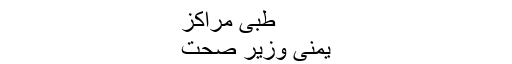
طبی مراکز
یمنی وزیر صحت